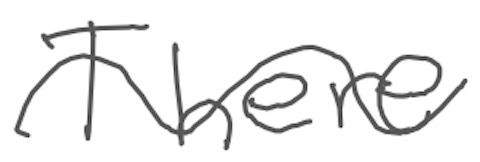
Text: There
Cross-out: wave
Writing tool: digital_gray